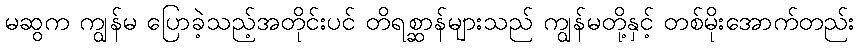
မဆွက ကျွန်မ ပြောခဲ့သည့်အတိုင်းပင် တိရစ္ဆာန်များသည် ကျွန်မတို့နှင့် တစ်မိုးအောက်တည်း